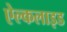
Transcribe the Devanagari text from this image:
ऐल्कलाइड